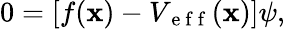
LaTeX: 0=\left[f(\mathbf{x})-V_{\mathrm{{~e~f~f~}}}(\mathbf{x})\right]\psi,